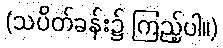
(သပိတ်ခန်း၌ ကြည့်ပါ။)